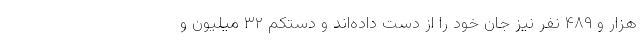
هزار و ۴۸۹ نفر نیز جان خود را از دست داده‌اند و دستکم ۳۲ میلیون و